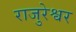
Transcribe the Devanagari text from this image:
राजुरेश्वर